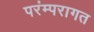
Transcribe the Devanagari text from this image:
परंम्परागत